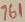
Text: 761